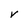
Character: V